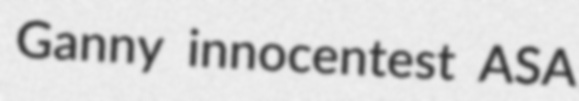
Ganny innocentest ASA